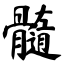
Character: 髓